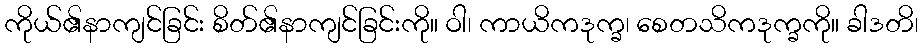
ကိုယ်၏နာကျင်ခြင်း စိတ်၏နာကျင်ခြင်းကို။ ဝါ၊ ကာယိကဒုက္ခ၊ စေတသိကဒုက္ခကို။ ခါဒတိ၊